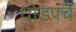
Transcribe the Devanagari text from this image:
धोडपचे